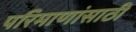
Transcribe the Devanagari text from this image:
परिमाणांसाठी